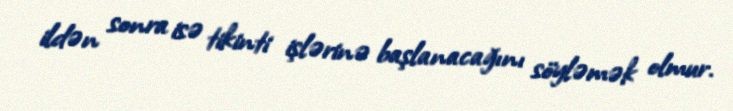
ildən sonra isə tikinti işlərinə başlanacağını söyləmək olmur.